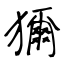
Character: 獮